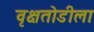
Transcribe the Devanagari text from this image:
वृक्षतोडीला